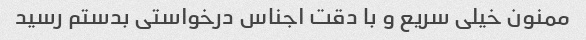
ممنون خیلی سریع و با دقت اجناس درخواستی بدستم رسید